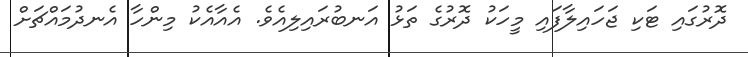
ދޮރުގައި ޓަކި ޖަހައިލާފައި މީހަކު ދޮރުގެ ތަޅު އަނބުރައިލިއެވެ. އެއާއެކު މިންހާ އެނދުމައްޗަށް